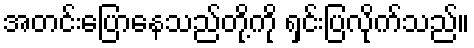
အတင်းပြောနေသည်တို့ကို ရှင်းပြလိုက်သည်။